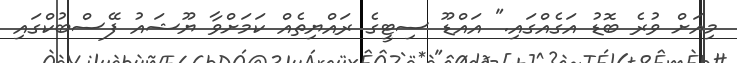
މިއަށް ވުރެ ބޮޑު އަގެއްގައި." އައްޑޫ ސިޓީގެ ރައްޔިތެއް ކަމަށްވާ ޔޫޝައު ފޭސްބުކްގައި